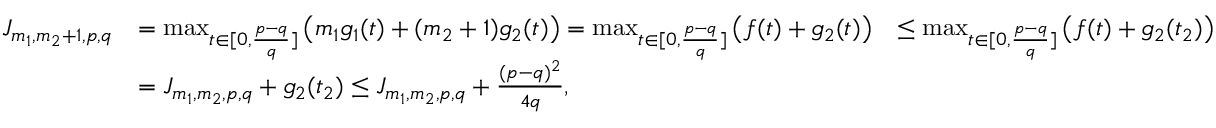
\begin{array} { r l r } { J _ { m _ { 1 } , m _ { 2 } + 1 , p , q } } & { = \operatorname* { m a x } _ { t \in [ 0 , \frac { p - q } { q } ] } \left( m _ { 1 } g _ { 1 } ( t ) + ( m _ { 2 } + 1 ) g _ { 2 } ( t ) \right) = \operatorname* { m a x } _ { t \in [ 0 , \frac { p - q } { q } ] } \left( f ( t ) + g _ { 2 } ( t ) \right) } & { \leq \operatorname* { m a x } _ { t \in [ 0 , \frac { p - q } { q } ] } \left( f ( t ) + g _ { 2 } ( t _ { 2 } ) \right) } \\ & { = J _ { m _ { 1 } , m _ { 2 } , p , q } + g _ { 2 } ( t _ { 2 } ) \leq J _ { m _ { 1 } , m _ { 2 } , p , q } + \frac { ( p - q ) ^ { 2 } } { 4 q } , } \end{array}